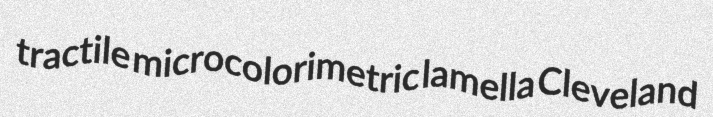
tractile microcolorimetric lamella Cleveland